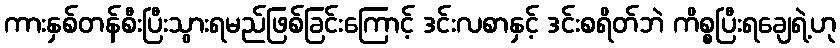
ကားနှစ်တန်စီးပြီးသွားရမည်ဖြစ်ခြင်းကြောင့် ဒင်းလစာနှင့် ဒင်းစရိတ်ဘဲ ကိစ္စပြီးရချေရဲ့ဟု